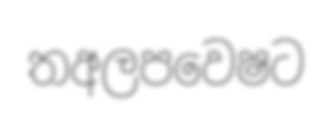
තඅලපවෙෂට